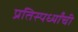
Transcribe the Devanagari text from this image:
प्रतिस्पर्ध्यांची